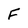
Character: F